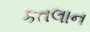
કતલાન